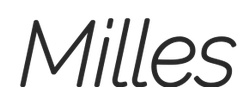
Milles